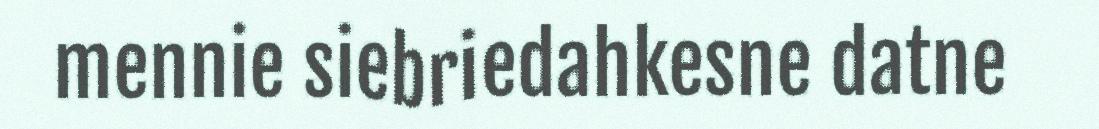
mennie siebriedahkesne datne